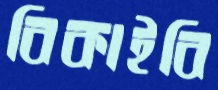
বিকাইবি